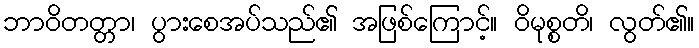
ဘာဝိတတ္တာ၊ ပွားစေအပ်သည်၏ အဖြစ်ကြောင့်။ ဝိမုစ္စတိ၊ လွတ်၏။